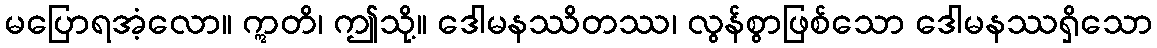
မပြောရအံ့လော။ ဣတိ၊ ဤသို့။ ဒေါမနဿိတဿ၊ လွန်စွာဖြစ်သော ဒေါမနဿရှိသော